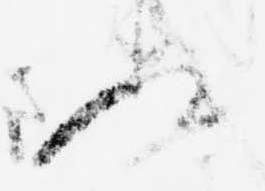
ぬ